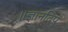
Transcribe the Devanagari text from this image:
॥ज्ञानदिप्